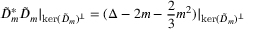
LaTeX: \tilde { D } _ { m } ^ { * } \tilde { D } _ { m } \vert _ { \mathrm { k e r } ( \tilde { D } _ { m } ) ^ { \perp } } = ( \Delta - 2 m - \frac { 2 } { 3 } m ^ { 2 } ) \vert _ { \mathrm { k e r } ( \tilde { D } _ { m } ) ^ { \perp } }